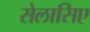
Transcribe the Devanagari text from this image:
सेलासिए